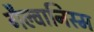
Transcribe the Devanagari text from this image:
गैल्वानिस्म